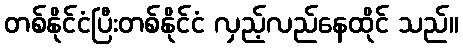
တစ်နိုင်ငံပြီးတစ်နိုင်ငံ လှည့်လည်နေထိုင် သည်။